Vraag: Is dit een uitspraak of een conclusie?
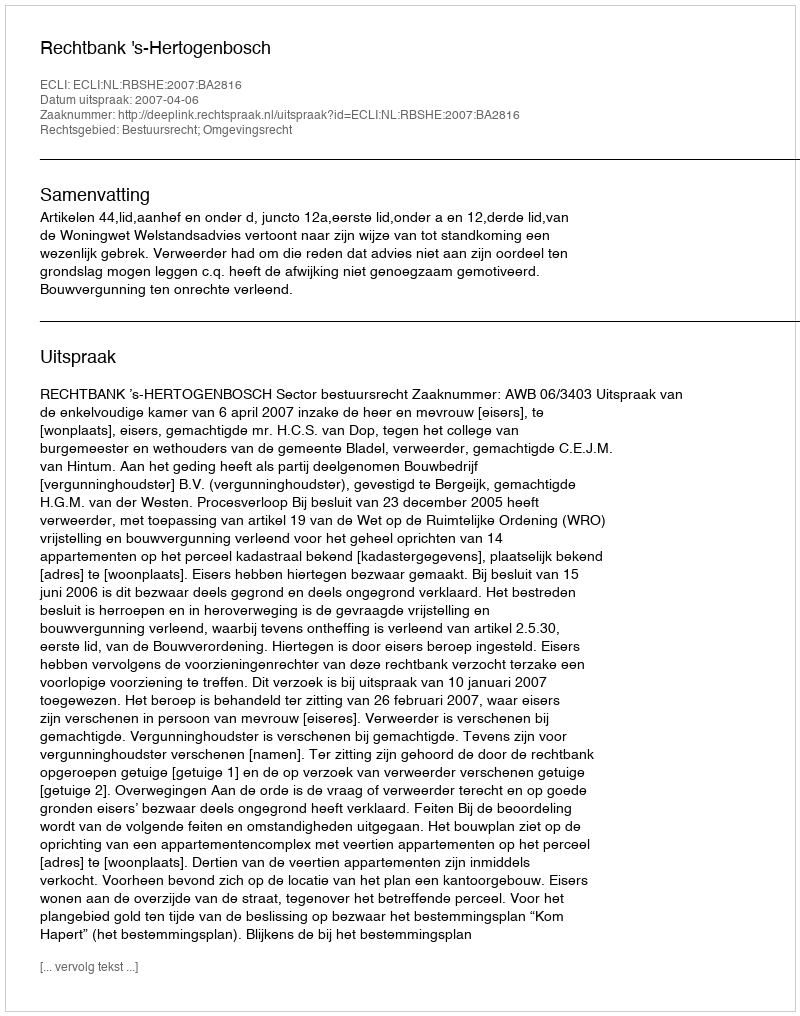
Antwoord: Uitspraak